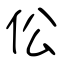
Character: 伀